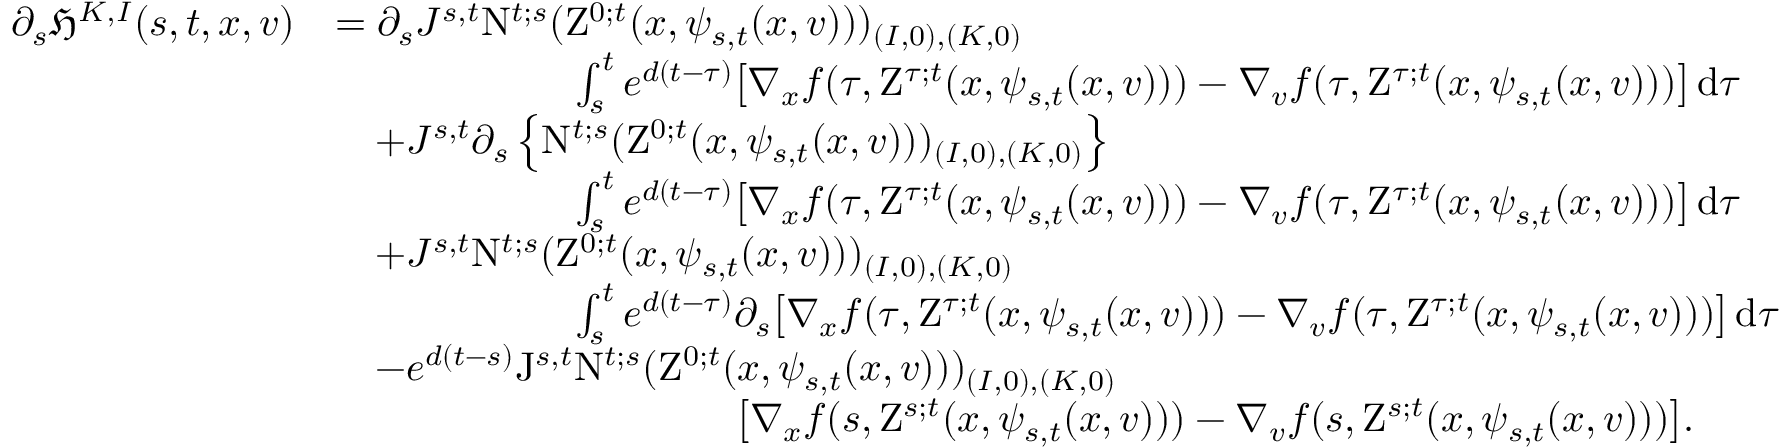
\begin{array} { r l } { \partial _ { s } \mathfrak { H } ^ { K , I } ( s , t , x , v ) } & { = \partial _ { s } J ^ { s , t } \mathrm { N } ^ { t ; s } ( \mathrm { Z } ^ { 0 ; t } ( x , \psi _ { s , t } ( x , v ) ) ) _ { ( I , 0 ) , ( K , 0 ) } } \\ & { \qquad \qquad \qquad \int _ { s } ^ { t } e ^ { d ( t - \tau ) } \big [ \nabla _ { x } f ( \tau , \mathrm { Z } ^ { \tau ; t } ( x , \psi _ { s , t } ( x , v ) ) ) - \nabla _ { v } f ( \tau , \mathrm { Z } ^ { \tau ; t } ( x , \psi _ { s , t } ( x , v ) ) ) \big ] \, \mathrm { d } \tau } \\ & { \quad + J ^ { s , t } \partial _ { s } \left\lbrace \mathrm { N } ^ { t ; s } ( \mathrm { Z } ^ { 0 ; t } ( x , \psi _ { s , t } ( x , v ) ) ) _ { ( I , 0 ) , ( K , 0 ) } \right\rbrace } \\ & { \qquad \qquad \qquad \int _ { s } ^ { t } e ^ { d ( t - \tau ) } \big [ \nabla _ { x } f ( \tau , \mathrm { Z } ^ { \tau ; t } ( x , \psi _ { s , t } ( x , v ) ) ) - \nabla _ { v } f ( \tau , \mathrm { Z } ^ { \tau ; t } ( x , \psi _ { s , t } ( x , v ) ) ) \big ] \, \mathrm { d } \tau } \\ & { \quad + J ^ { s , t } \mathrm { N } ^ { t ; s } ( \mathrm { Z } ^ { 0 ; t } ( x , \psi _ { s , t } ( x , v ) ) ) _ { ( I , 0 ) , ( K , 0 ) } } \\ & { \qquad \qquad \qquad \int _ { s } ^ { t } e ^ { d ( t - \tau ) } \partial _ { s } \big [ \nabla _ { x } f ( \tau , \mathrm { Z } ^ { \tau ; t } ( x , \psi _ { s , t } ( x , v ) ) ) - \nabla _ { v } f ( \tau , \mathrm { Z } ^ { \tau ; t } ( x , \psi _ { s , t } ( x , v ) ) ) \big ] \, \mathrm { d } \tau } \\ & { \quad - e ^ { d ( t - s ) } \mathrm { J } ^ { s , t } \mathrm { N } ^ { t ; s } ( \mathrm { Z } ^ { 0 ; t } ( x , \psi _ { s , t } ( x , v ) ) ) _ { ( I , 0 ) , ( K , 0 ) } } \\ & { \qquad \qquad \qquad \qquad \qquad \big [ \nabla _ { x } f ( s , \mathrm { Z } ^ { s ; t } ( x , \psi _ { s , t } ( x , v ) ) ) - \nabla _ { v } f ( s , \mathrm { Z } ^ { s ; t } ( x , \psi _ { s , t } ( x , v ) ) ) \big ] . } \end{array}